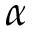
\alpha